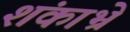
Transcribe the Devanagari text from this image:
शंकाभ्रे